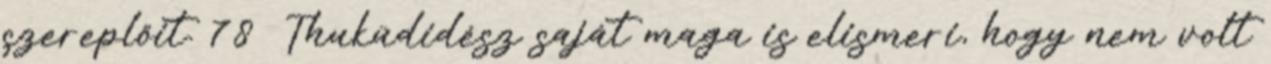
szereplőit. 78 Thuküdidész saját maga is elismeri, hogy nem volt